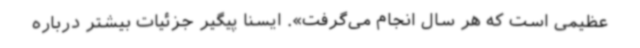
عظیمی است که هر سال انجام می‌گرفت». ایسنا پیگیر جزئیات بیشتر درباره